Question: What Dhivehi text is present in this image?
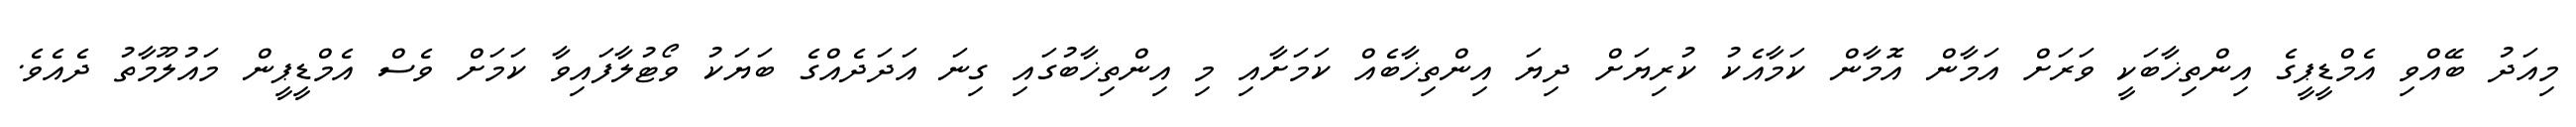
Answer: މިއަދު ބޭއްވި އެމްޑީޕީގެ އިންތިޚާބަކީ ވަރަށް އަމާން އޮމާން ކަމާއެކު ކުރިޔަށް ދިޔަ އިންތިޚާބެއް ކަމަށާއި މި އިންތިޚާބުގައި ގިނަ އަދަދެއްގެ ބަޔަކު ވޯޓުލާފައިވާ ކަމަށް ވެސް އެމްޑީޕީން މައުލޫމާތު ދެއެވެ.